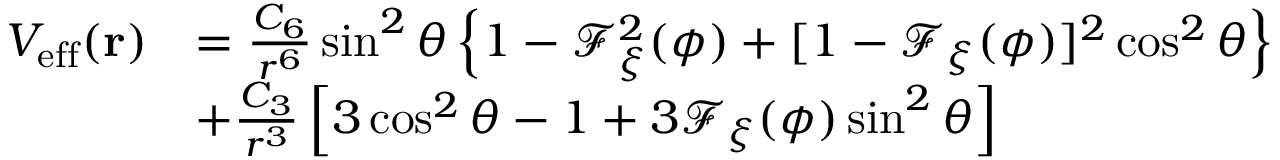
\begin{array} { r l } { V _ { \mathrm { e f f } } ( \mathbf { r } ) } & { = \frac { C _ { 6 } } { r ^ { 6 } } \sin ^ { 2 } \theta \left\{ 1 - \mathcal { F } _ { \xi } ^ { 2 } ( \phi ) + [ 1 - \mathcal { F } _ { \xi } ( \phi ) ] ^ { 2 } \cos ^ { 2 } \theta \right\} } \\ & { + \frac { C _ { 3 } } { r ^ { 3 } } \left[ 3 \cos ^ { 2 } \theta - 1 + 3 \mathcal { F } _ { \xi } ( \phi ) \sin ^ { 2 } \theta \right] } \end{array}